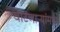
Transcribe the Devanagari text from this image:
वाटणाऱ्यांमध्ये